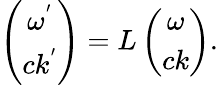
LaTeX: \begin{array}{r}{\left(\begin{array}{cc}{\omega^{'}}\\ {ck^{'}}\end{array}\right)=L\left(\begin{array}{cc}{\omega}\\ {ck}\end{array}\right).}\end{array}